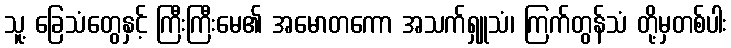
သူ့ ခြေသံတွေနှင့် ကြီးကြီးမေ၏ အမောတကော အသက်ရှူသံ၊ ကြက်တွန်သံ တို့မှတစ်ပါး